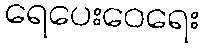
ရေပေးဝေရေး